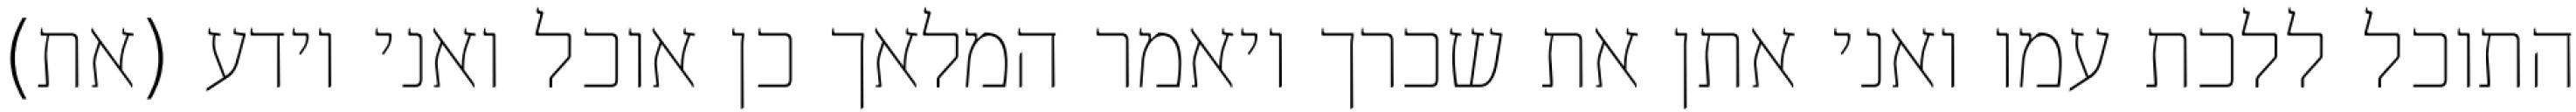
התוכל ללכת עמו ואני אתן את שכרך ויאמר המלאך כן אוכל ואני יודע (את)